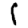
Digit: 1